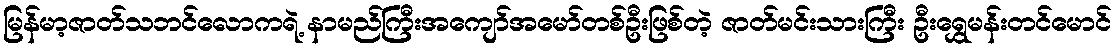
မြန်မာ့ဇာတ်သဘင်လောကရဲ့ နာမည်ကြီးအကျော်အမော်တစ်ဦးဖြစ်တဲ့ ဇာတ်မင်းသားကြီး ဦးရွှေမန်းတင်မောင်